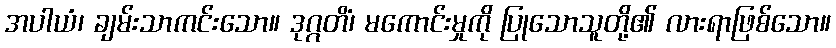
အပါယံ၊ ချမ်းသာကင်းသော။ ဒုဂ္ဂတိံ၊ မကောင်းမှုကို ပြုသောသူတို့၏ လားရာဖြစ်သော။